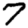
Digit: 7